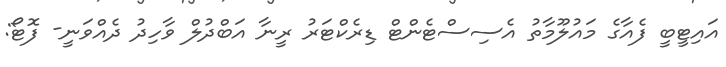
އައިޓީބީ ފެއާގެ މައުލޫމާތު އެސިސްޓެންޓް ޑިރެކްޓަރު ރީނާ އަބްދުލް ވާހިދު ދެއްވަނީ- ފޮޓޯ: